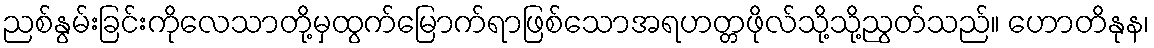
ညစ်နွမ်းခြင်းကိုလေသာတို့မှထွက်မြောက်ရာဖြစ်သောအရဟတ္တဖိုလ်သို့သို့ညွတ်သည်။ ဟောတိနုန၊